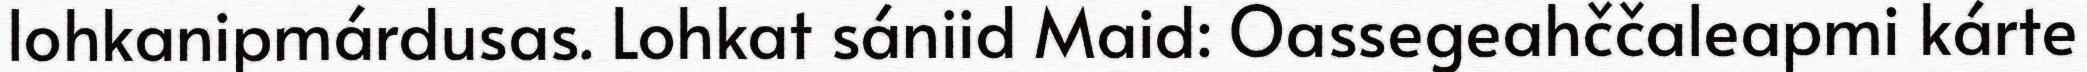
lohkanipmárdusas. Lohkat sániid Maid: Oassegeahččaleapmi kárte